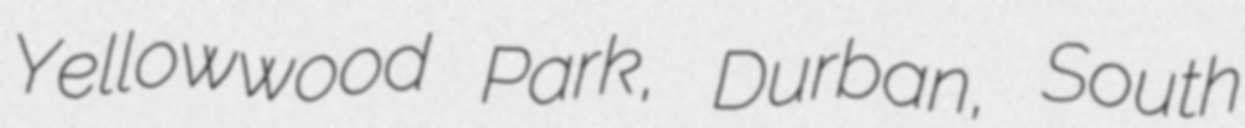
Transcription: Yellowwood Park, Durban, South